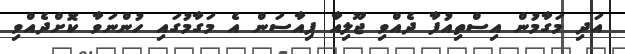
އަދި މަގާމުން އިސްތިއުފާ ދެއްވި ޖޫލިއާ ޕިއާސަން އެ މަގާމުގައި ހުންނަވާ ކޮށްދެއްވި